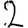
Digit: 2